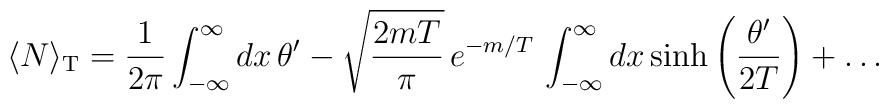
\langle N\rangle_{\rm T}=\frac{1}{2\pi}\int_{-\infty}^\infty dx\,\theta^\prime -\sqrt{\frac{2mT}{\pi}}\,e^{-m/T}\,\int_{-\infty}^\infty dx\,  {\rm sinh}\left(\frac{\theta^\prime}{2T}\right)+\dots